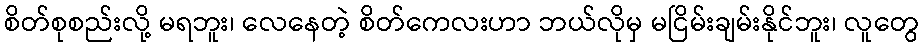
စိတ်စုစည်းလို့ မရဘူး၊ လေနေတဲ့ စိတ်ကေလးဟာ ဘယ်လိုမှ မငြိမ်းချမ်းနိုင်ဘူး၊ လူတွေ